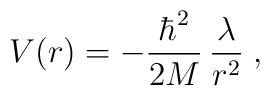
V ( r ) = - \frac{\hbar^{2}}{2M}\, \frac{\lambda}{ r^{2} } \;  ,